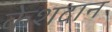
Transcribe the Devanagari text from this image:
केशदान